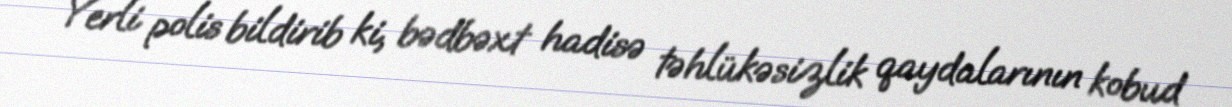
Yerli polis bildirib ki, bədbəxt hadisə təhlükəsizlik qaydalarının kobud